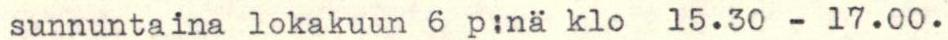
sunnuntaina lokakuun 6 p:nä klo 15.30 - 17.00.